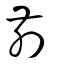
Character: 前